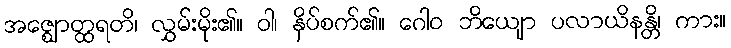
အဇ္ဈောတ္ထရတိ၊ လွှမ်းမိုး၏။ ဝါ၊ နှိပ်စက်၏။ ဂေါဝ ဘိယျော ပလာယိနန္တိ၊ ကား။